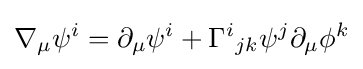
\nabla _{\mu }\psi ^{i}=\partial _{\mu }\psi ^{i}+\Gamma ^{i}{}_{jk}\psi ^{j}\partial _{\mu }\phi ^{k}